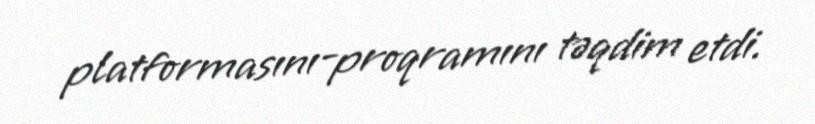
platformasını-proqramını təqdim etdi.